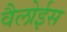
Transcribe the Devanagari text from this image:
वैलोईस